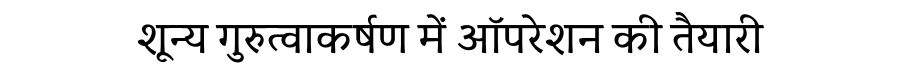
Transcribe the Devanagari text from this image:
शून्य गुरुत्वाकर्षण में ऑपरेशन की तैयारी